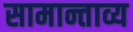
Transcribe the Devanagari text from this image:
सामान्ताव्य